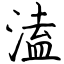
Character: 溘